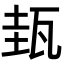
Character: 𤬿